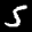
Label: 5